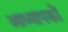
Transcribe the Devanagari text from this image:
आध्यापकों